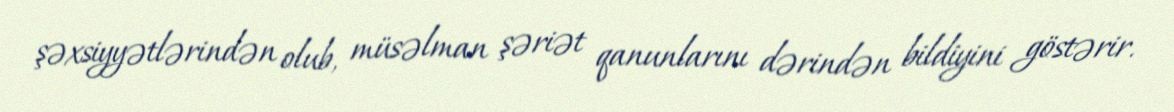
şəxsiyyətlərindən olub, müsəlman şəriət qanunlarını dərindən bildiyini göstərir.